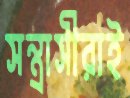
সন্ত্রাসীরাই